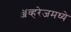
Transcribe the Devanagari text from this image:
ॲव्हरेजमध्ये